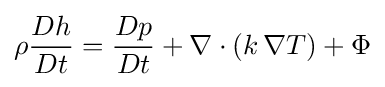
\rho {\frac {Dh}{Dt}}={\frac {Dp}{Dt}}+\nabla \cdot (k\,\nabla T)+\Phi